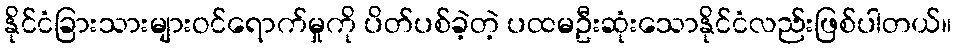
နိုင်ငံခြားသားများဝင်ရောက်မှုကို ပိတ်ပစ်ခဲ့တဲ့ ပထမဦးဆုံးသောနိုင်ငံလည်းဖြစ်ပါတယ်။